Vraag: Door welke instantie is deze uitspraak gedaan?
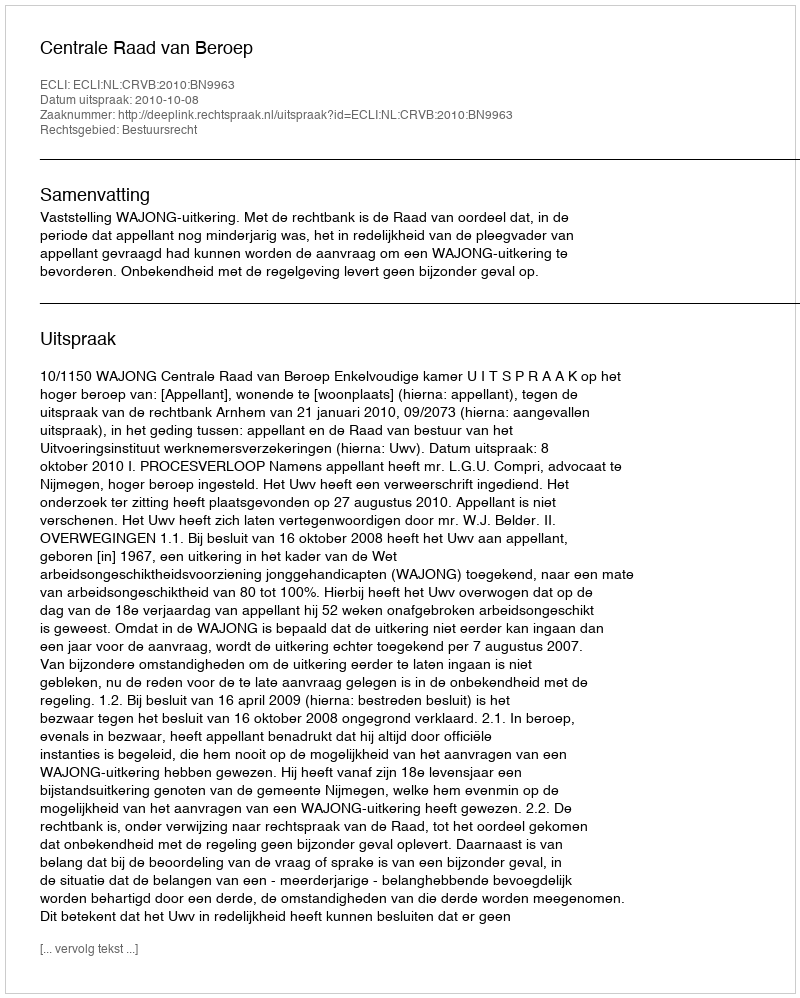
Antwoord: Centrale Raad van Beroep